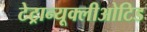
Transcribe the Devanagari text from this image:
टेट्रान्यूक्लीओटिड